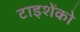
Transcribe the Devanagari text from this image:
टाइशेंको